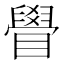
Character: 䁷